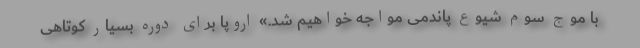
با موج سوم شیوع پاندمی مواجه خواهیم شد.» اروپا برای دوره بسیار کوتاهی